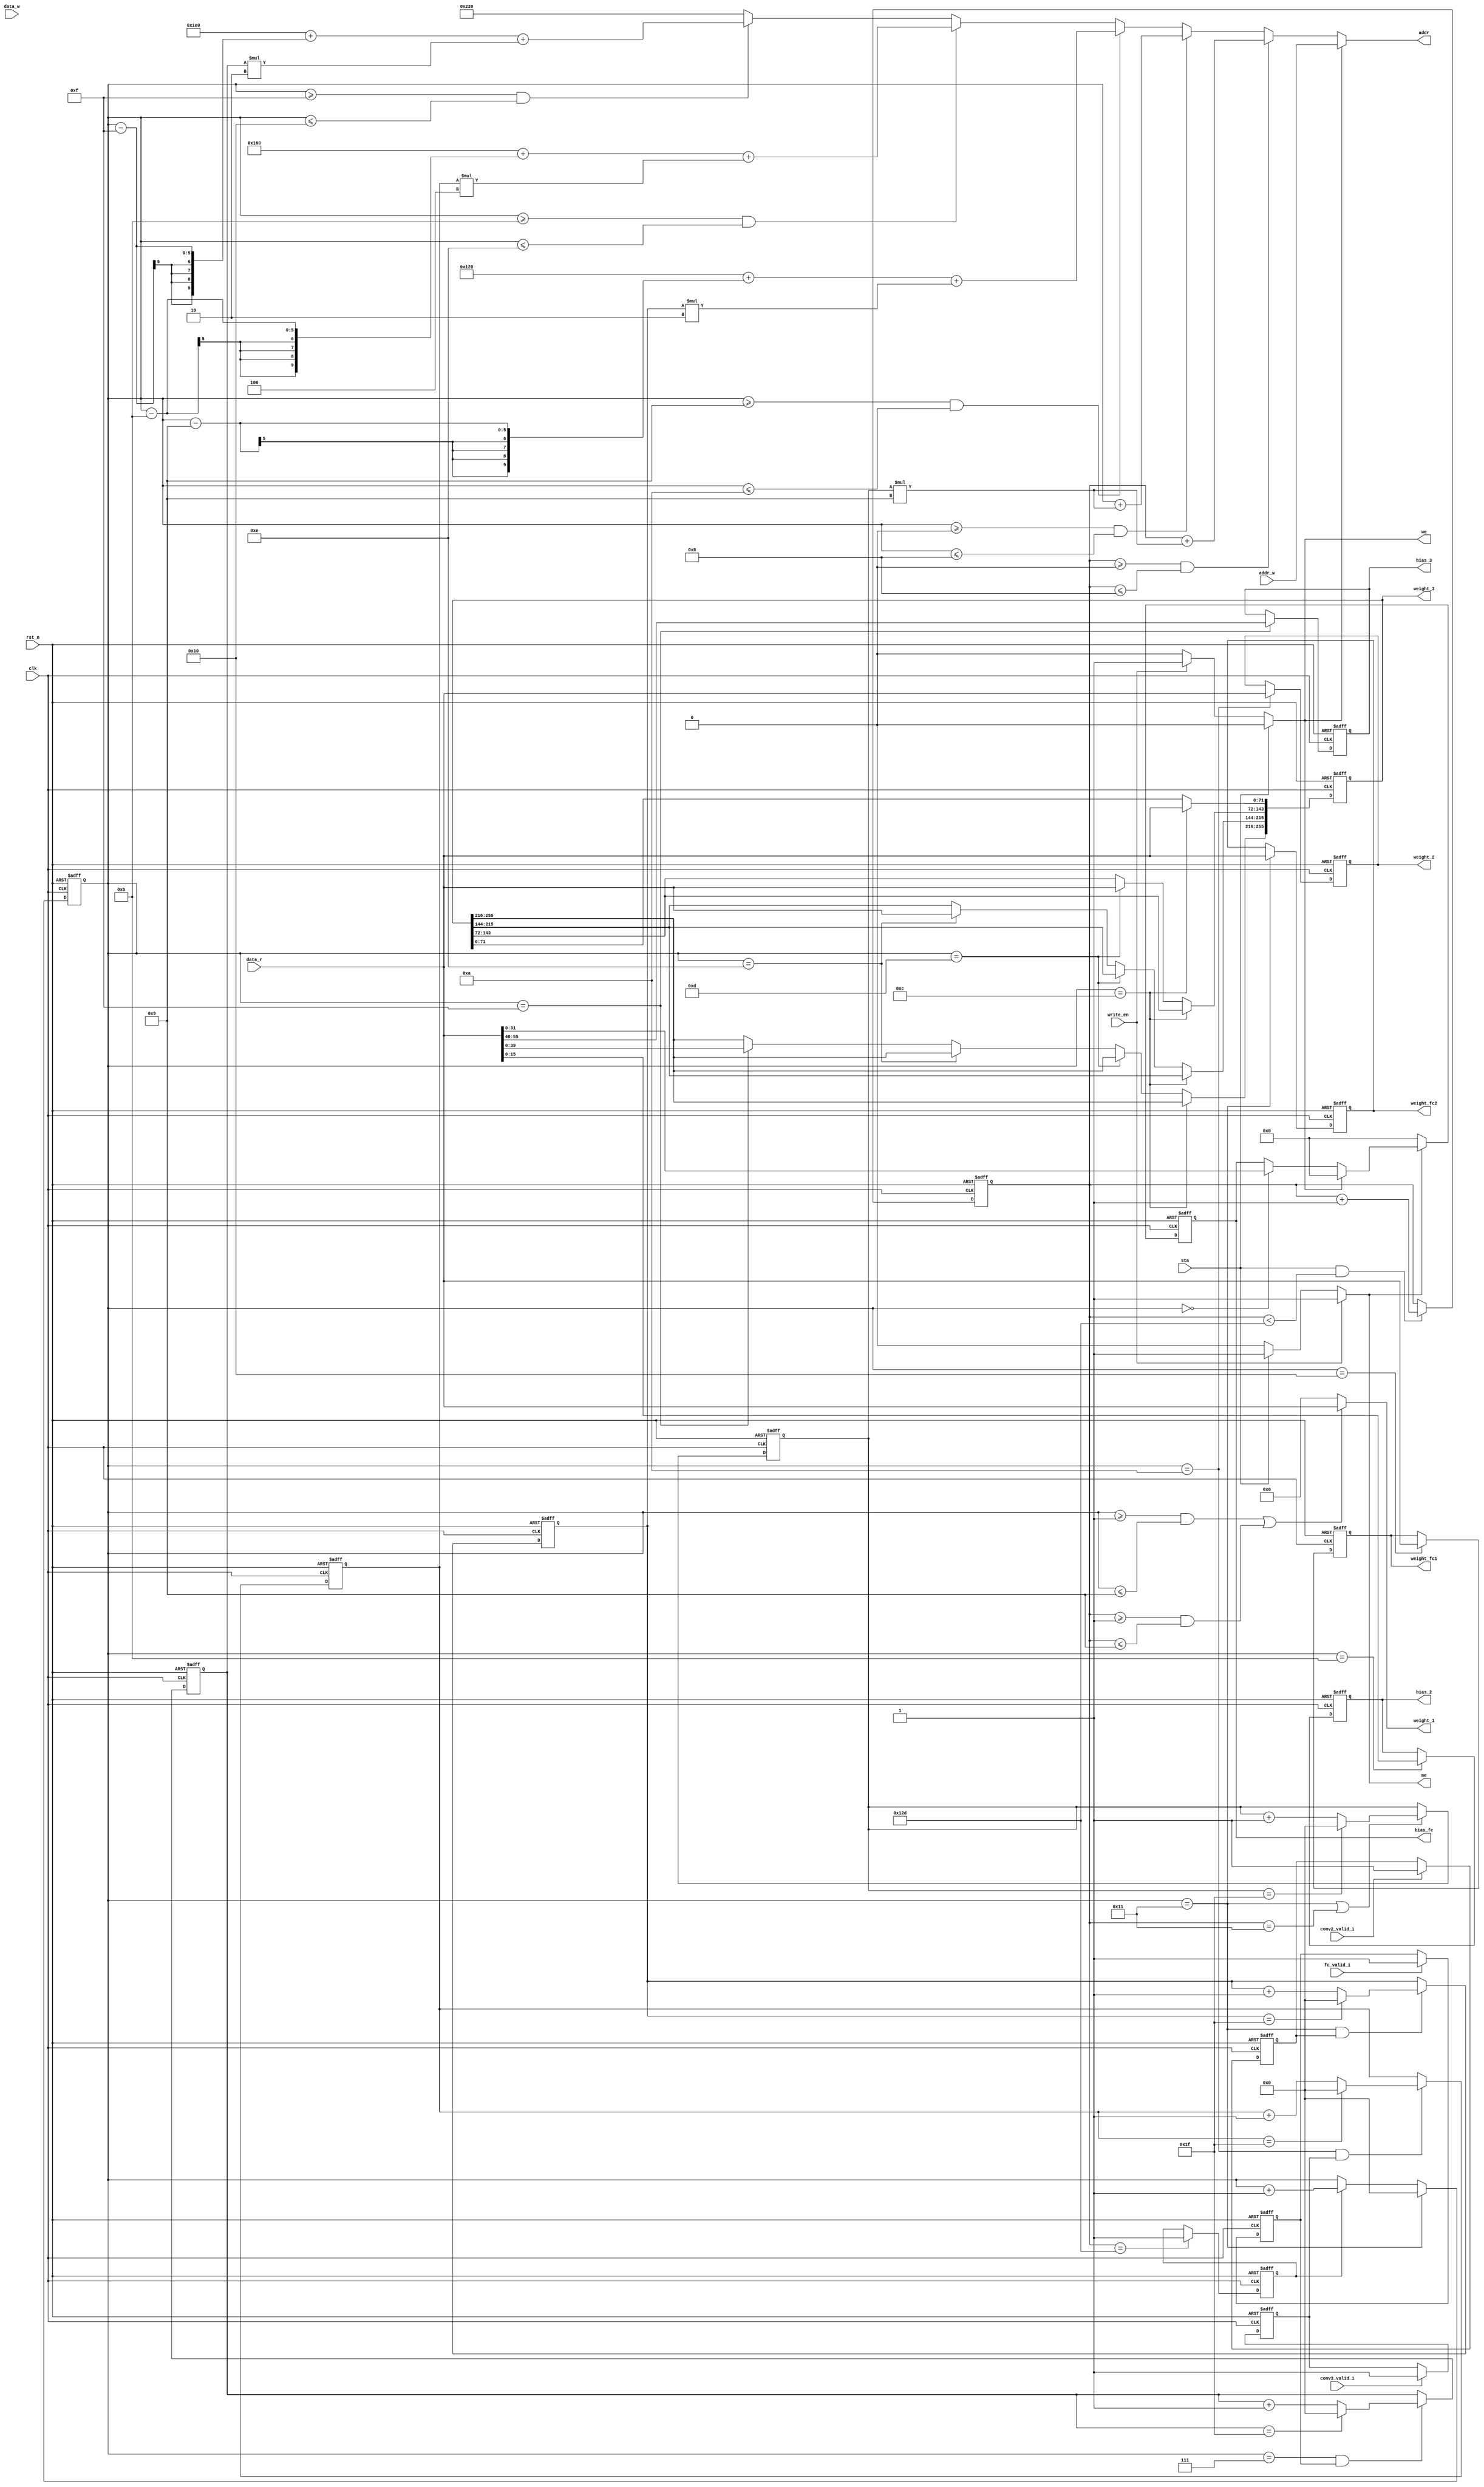
//////////////////////////////////////////////////////////////////////////////////
// School: Shanghai Jiao Tong University
//
// Create Date: 
// Module Name: sram_top
// Project Name: CNN 
// Description: The top of sram module
//
// Revision:
//
//////////////////////////////////////////////////////////////////////////////////

module sram_top(
	input wire clk,
	input wire rst_n,
	input wire write_en,
	input wire [72-1:0] data_w, 
	input wire [9:0] addr_w,
	input wire sta,
	input wire conv2_valid_i,
	input wire conv3_valid_i,
	input wire fc_valid_i,
	input wire [72-1:0] data_r,
	
	output reg [8*9-1:0] weight_1,
	output reg [8*9-1:0] weight_2,
	output reg [8*32-1:0] weight_3,
	output reg [8*9-1:0] weight_fc1,
	output reg [8*9-1:0] weight_fc2,
	
	output reg [16-1:0] bias_2,
	output reg [16-1:0] bias_3,
	output reg [32-1:0] bias_fc,
	
	output reg [9:0] addr,
	output reg me,
	output reg we
);

reg state; // conv1_1st_ctrl:  state machine: 0: init; 1: cycle  
reg [8:0] init_cnt; // conv1_1st_ctrl: the initial counter
reg [4:0] cnt; 

reg [4:0] num_cnt_1; //0-31
reg [4:0] num_cnt_2; //0-31
reg [4:0] num_cnt_3; //0-31
reg [4:0] num_cnt_fc; //0-31
reg num_cnt_en_2;
reg num_cnt_en_3;
reg num_cnt_en_fc;

//reg me;
//reg we;

reg [9:0] addr_r;
//reg [9:0] addr;
//wire [72-1:0] data_r;

//me,we
always @(*) begin
	if (write_en)
		me = 1'b1;
	else if (sta)
		me = 1'b1;
	else
		me = 1'b0;
end

always @(*) begin
	if (sta)
		we = 1'b0;
	else if (write_en)
		we = 1'b1;
	else
		we = 1'b0;
end

//read

always @(posedge clk or negedge rst_n) begin
    if (!rst_n)
        init_cnt <= 9'b0;
    else if ((sta)&&(init_cnt<301)) // 301=300(load)+1(update)
        init_cnt <= init_cnt+1;
end

// Output control
always @(posedge clk or negedge rst_n) begin
    if (!rst_n)
        state <= 1'b0;
    else if (init_cnt==301) // initial pixel/weight load complete
        state <= 1'b1; // start cycling
end


always @(posedge clk or negedge rst_n) begin
	if(!rst_n)
		cnt <= 5'd0;
	else if (cnt == 5'd17)
		cnt <= 5'd0;
	else if (state)
		cnt <= cnt + 1'b1;
end


//conv1_num
always @(posedge clk or negedge rst_n) begin
	if(!rst_n)
		num_cnt_1 <= 5'd0;
	else if (cnt == 5'd17 | init_cnt == 5'd17 ) begin
		if (num_cnt_1 == 5'd31)
			num_cnt_1 <= 5'd0;
		else 
			num_cnt_1 <= num_cnt_1 + 1'b1;
	end
end

//conv2_num
always @(posedge clk or negedge rst_n) begin
	if(!rst_n)
		num_cnt_en_2 <= 1'b0;
	else if (conv2_valid_i)
		num_cnt_en_2 <= 1'b1;
end

always @(posedge clk or negedge rst_n) begin
	if(!rst_n)
		num_cnt_2 <= 5'd0;
	else if ((cnt == 5'd17) && (num_cnt_en_2)) begin
		if (num_cnt_2 == 5'd31)
			num_cnt_2 <= 5'd0;
		else 
			num_cnt_2 <= num_cnt_2 + 1'b1;
	end
end

//conv3_num
always @(posedge clk or negedge rst_n) begin
	if(!rst_n)
		num_cnt_en_3 <= 1'b0;
	else if (conv3_valid_i)
		num_cnt_en_3 <= 1'b1;
end

always @(posedge clk or negedge rst_n) begin
	if(!rst_n)
		num_cnt_3 <= 5'd0;
	else if ((cnt == 5'd10) && num_cnt_en_3) begin    // the num equal to cnt can change
		if (num_cnt_3 == 5'd31)
			num_cnt_3 <= 5'd0;
		else
			num_cnt_3 <= num_cnt_3 + 1'b1;
	end
end

//fc_num
always @(posedge clk or negedge rst_n) begin
	if(!rst_n)
		num_cnt_en_fc <= 1'b0;
	else if (fc_valid_i)
		num_cnt_en_fc <= 1'b1;
end

always @(posedge clk or negedge rst_n) begin
	if(!rst_n)
		num_cnt_fc <= 5'd0;
	else if ((cnt == 5'd7) && num_cnt_en_fc) begin
	//else if ((cnt == 5'd6) && num_cnt_en_fc) begin
		if (num_cnt_fc == 5'd31)
			num_cnt_fc <= 5'd0;
		else
			num_cnt_fc <= num_cnt_fc + 1'b1;
	end
end


//addr_r
always @(*) begin
	if ((init_cnt >= 5'd0)&(init_cnt <= 5'd8))    //conv1_init
		addr_r = init_cnt + num_cnt_1*9;
	else if ((cnt >= 5'd0)&(cnt <= 5'd8))         //conv1
		addr_r = cnt + num_cnt_1*9;
	else if ((cnt >= 5'd9) & (cnt <= 5'd10))      //conv2
		addr_r = 288 + (cnt - 9) + num_cnt_2*2;
	else if ((cnt >= 5'd11) & (cnt <= 5'd14))     //conv3
		addr_r = 352 + (cnt - 11) + num_cnt_3*4;
	else if ((cnt >= 5'd15) & (cnt <= 5'd16))     //fc_weight
		addr_r = 480 + (cnt - 15) + num_cnt_fc*2;   
	else	                                      //fc_bias
		addr_r = 544;
end

//addr
always @(*) begin
	if (we)
		addr = addr_w;
	else
		addr = addr_r;
end

//conv1
always @(*) begin
	if (((cnt >= 5'd1) & (cnt <= 5'd9)) | ((init_cnt >= 5'd1) & (init_cnt <= 5'd9)))        
		weight_1 = data_r;
	else 
		weight_1 = 0;
end


//conv2
always @(posedge clk or negedge rst_n) begin
	if (!rst_n)
		weight_2 <= 0;
	else if (cnt == 5'd10)          
		weight_2 <= data_r;
end

always @(posedge clk or negedge rst_n) begin
	if (!rst_n)
		bias_2 <= 0;
	else if (cnt == 5'd11)            
		bias_2 <= data_r[15:0];
end

//conv3
always @(posedge clk or negedge rst_n) begin
	if (!rst_n)
		weight_3 <= 0;
	else if (cnt == 5'd12)       
		weight_3[71:0] <= data_r;
	else if (cnt == 5'd13)
		weight_3[143:72] <= data_r;
	else if (cnt == 5'd14)
		weight_3[215:144] <= data_r;
	else if (cnt == 5'd15)
		weight_3[255:216] <= data_r[39:0];
end

always @(posedge clk or negedge rst_n) begin
	if (!rst_n)
		bias_3 <= 0;
	else if (cnt == 5'd15)            
		bias_3 <= data_r[55:40];
end


//fc
always @(posedge clk or negedge rst_n) begin
	if (!rst_n)
		weight_fc1 <= 0;
	else if (cnt == 5'd16)            
		weight_fc1 <= data_r;
end

always @(posedge clk or negedge rst_n) begin
	if (!rst_n)
		weight_fc2 <= 0;
	else if (cnt == 5'd17)            
		weight_fc2 <= data_r;
end

always @(posedge clk or negedge rst_n) begin
	if (!rst_n)
		bias_fc <= 0;
	else if (!me)
		bias_fc <= 0;
	else if (me) begin
		if (we)
			bias_fc <= 0;
		else if (cnt == 5'd0)           
			bias_fc <= data_r[31:0];
	end
end

endmodule